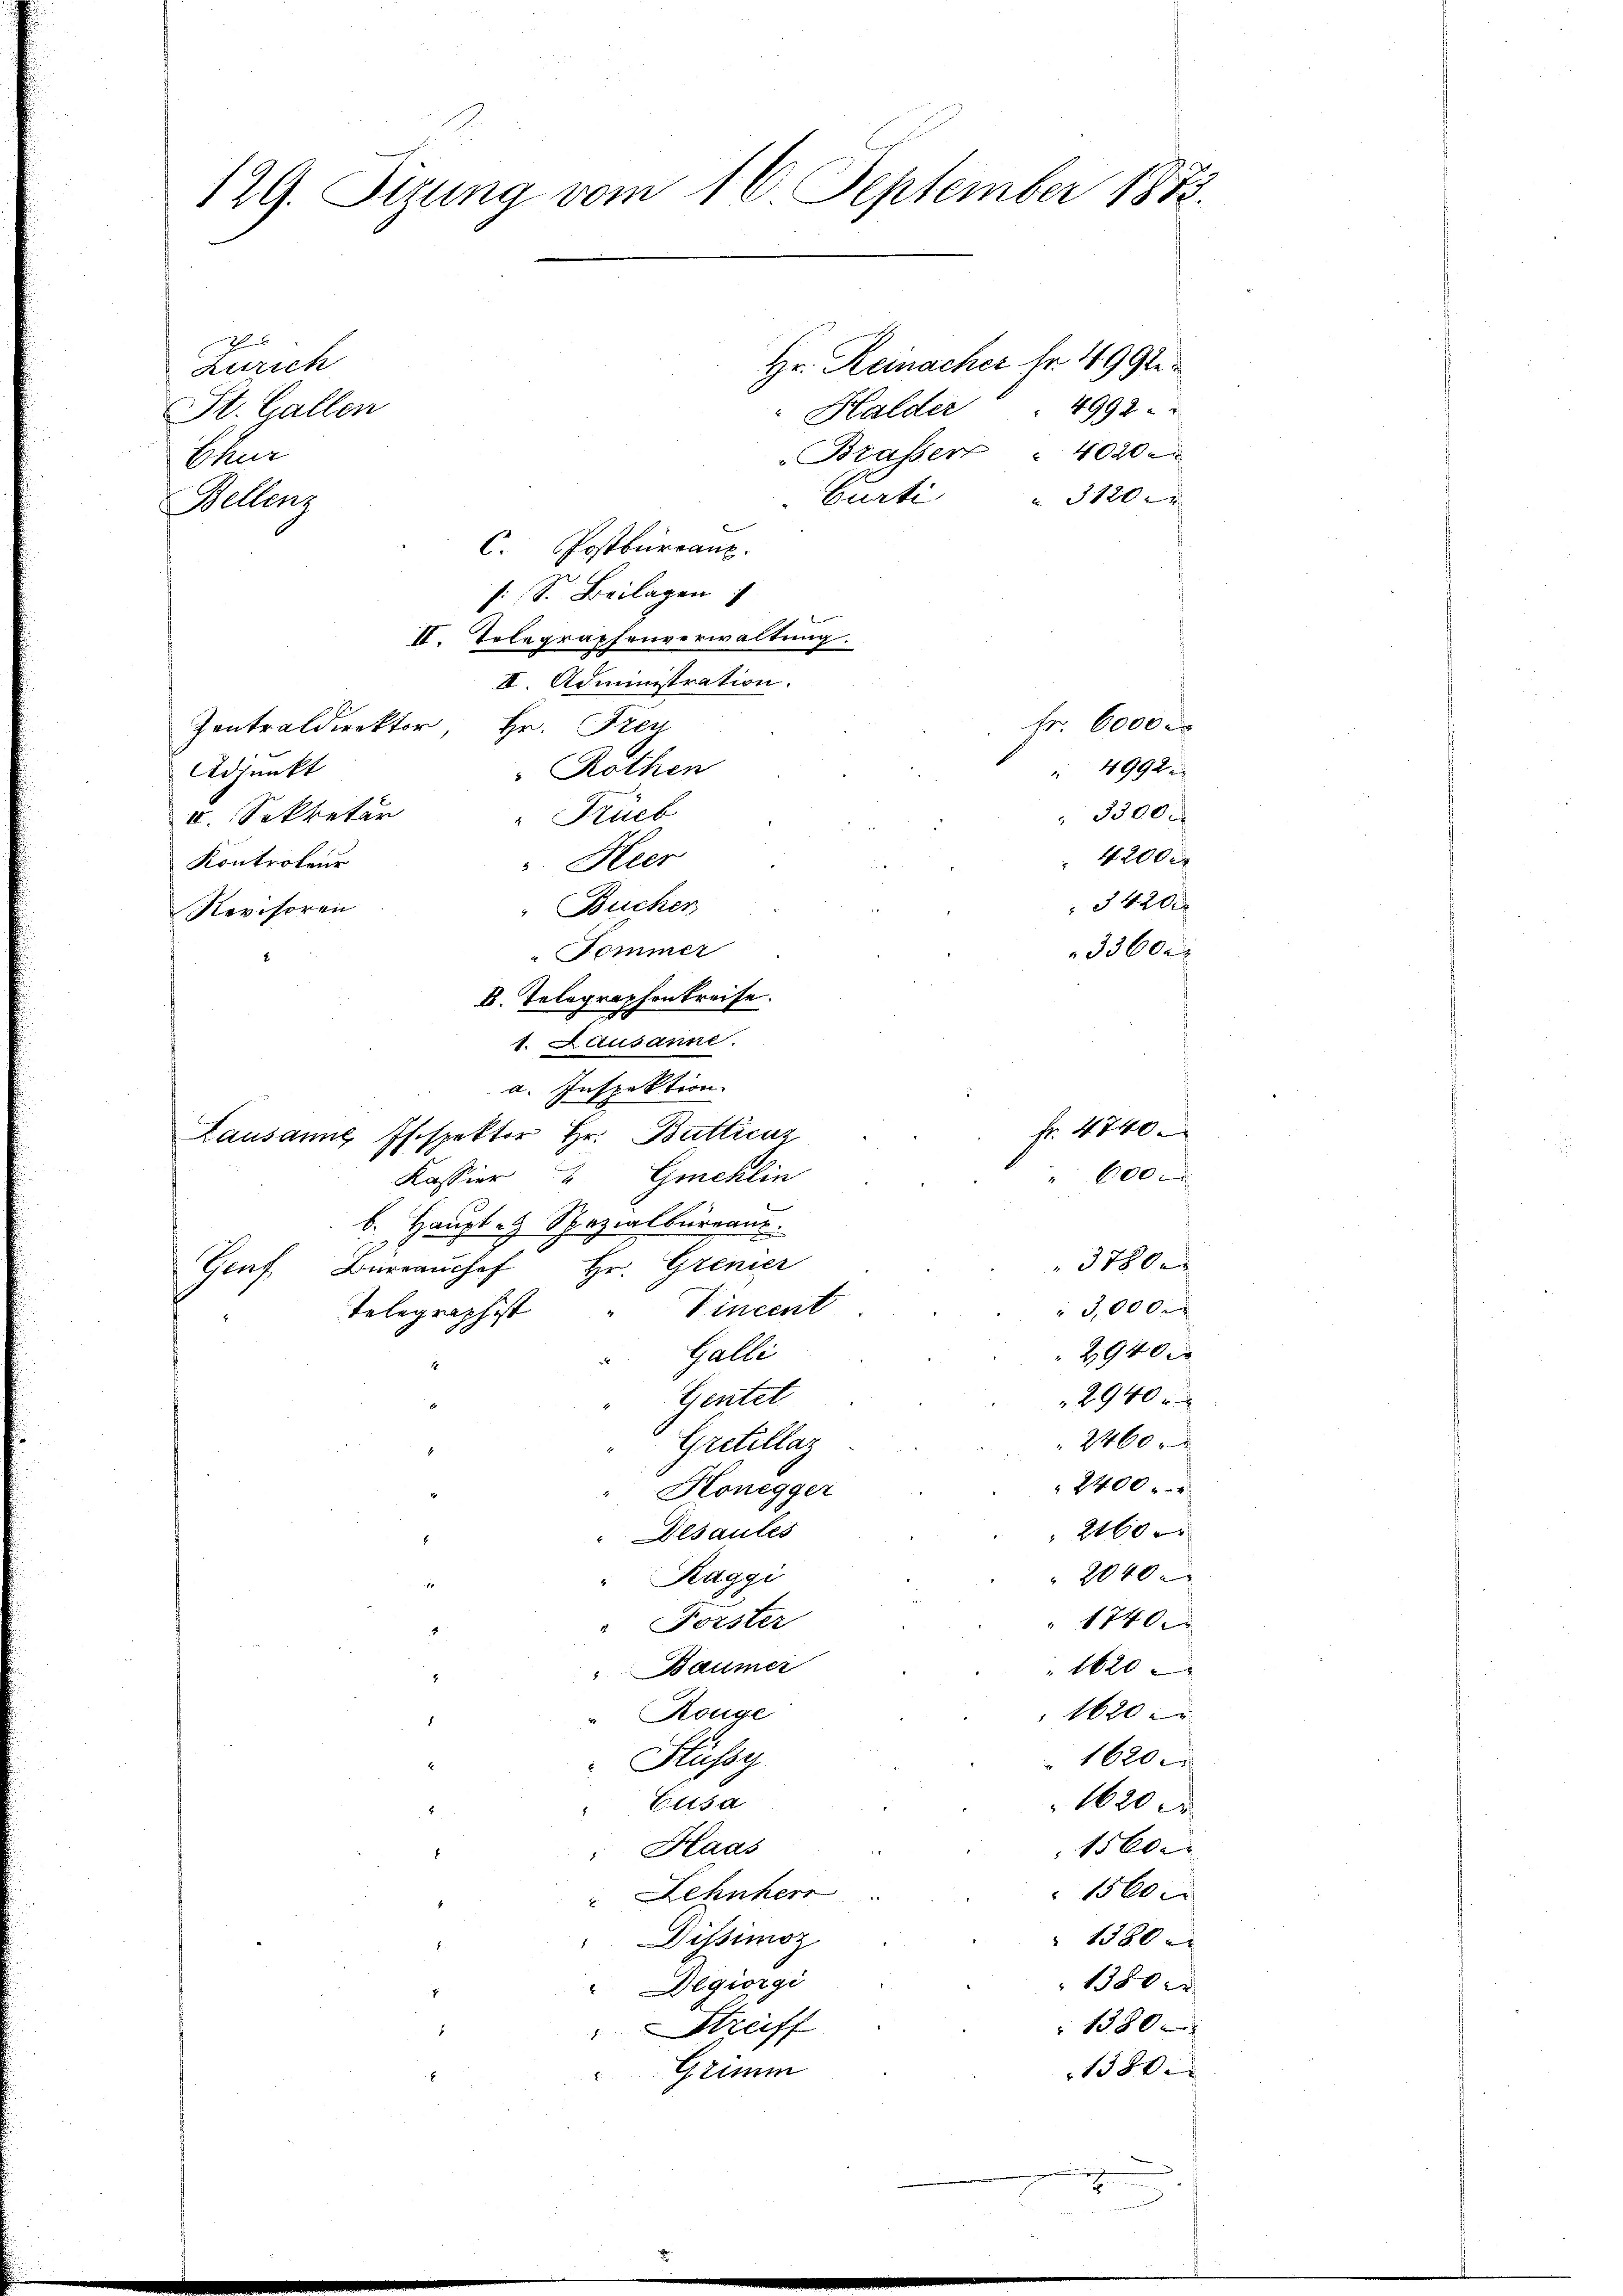
129. Sizung vom 16. September 1873.

J
Hr. Reinacher Fr. 499te¬
Zürich
Halder " " 4992.
Brasser " 4020.
Curti
 3120
C. Postburranz.
: S. Beilagen
II. Telegraphenverwaltung.
II. Administration.
Fr. 6000 r
Zentraldirektor, Hr. Freu
Adjunkt
4992 x
Rothen
"Krück
 3300 f
II. Sekretär
 4200
Kontroleur
u. Heer
3420
Buchen
Revisoren
Fommer
II. Telegraphenkreise.
1. Lausanne.
a. Inspektion
Lausanne Inspektor Hr. Butticaz
Kassier 4 Gmeklin
b. Haupten Spezialbureaus.
3590
Genf, Büreaŭchef Hr. Grenier
Vincent
3,000 x
Telegraphist
29400
 Galli
Gentel
2940 r
2460
Gritillaz
2400
Honegger
2160
Desaules
2040 x
Kaggi
Forster
1740 x
Baumer
1620
1620
Ronge
1620.
Stüssy
1620 Fr
Elisa
Haas
15 000
1500 x
Lehnherr
 1380 x
Dissimoz
1380 x
"Degiorgi
1380 x
Streiff
1380.
Grimm

St. Gallen
Chur
Bellenz

" 600

33600

fr. 4740